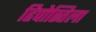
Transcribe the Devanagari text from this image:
हिपोस्तिला